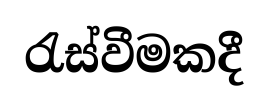
රැස්වීමකදී